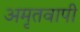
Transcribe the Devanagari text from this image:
अमृतवापी